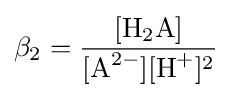
\beta _{2}={\frac {{\ce {[H2A]}}}{[{\ce {A^2-}}][{\ce {H+}}]^{2}}}